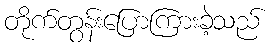
တိုက်တွန်းပြောကြားခဲ့သည်